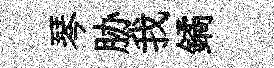
琴胁我鐍